Lunatic asylums in Bengal annual reports 1912-1924 - 1912-1924
Year: 1912
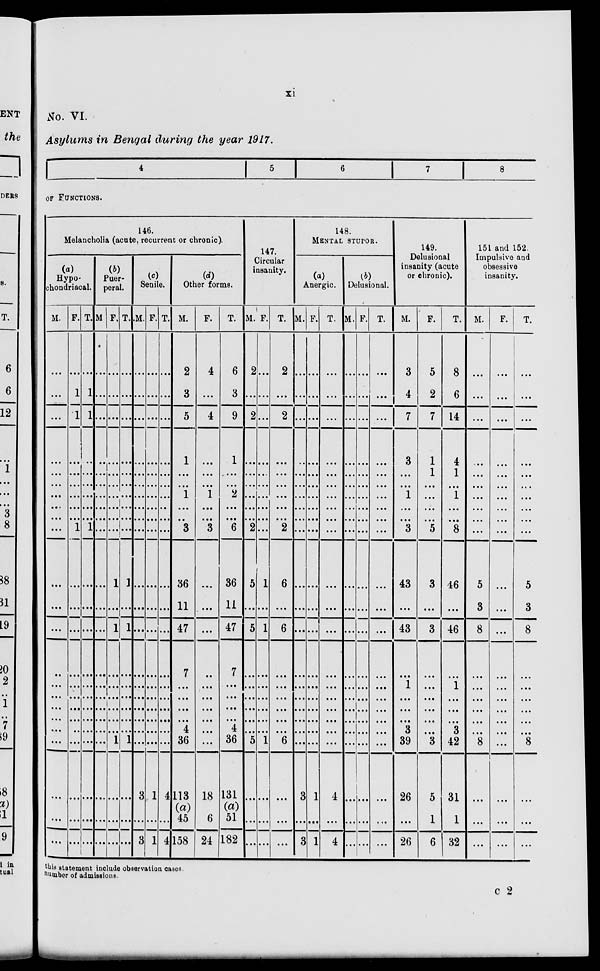
xi
No. VI.
Asylums in Bengal during the year 1917.
4
5
6
7
8
OF FUNCTIONS.
146.
Melancholia (acute, recurrent or chronic).
(a)
Hypo-
chondriacal.
M.
...
...
...
...
...
...
...
...
...
...
...
...
...
...
...
...
...
...
...
...
...
...
...
F.
...
1
1
...
...
...
...
...
...
1
...
...
...
...
...
...
...
...
...
...
...
...
...
T.
...
1
1
...
...
...
...
...
...
1
...
...
...
...
...
...
...
...
...
...
...
...
...
(b)
Puer-
peral.
M
...
...
...
...
...
...
...
...
...
...
...
...
...
...
...
...
...
...
...
...
...
...
...
F.
...
...
...
...
...
...
...
...
...
...
1
...
1
...
...
...
...
...
...
1
...
...
...
T.
...
...
...
...
...
...
...
...
...
...
1
...
1
...
...
...
...
...
...
1
...
...
...
(c)
Senile.
M.
...
...
...
...
...
...
...
...
...
...
...
...
...
...
...
...
...
...
...
...
3
...
3
F.
...
...
...
...
...
...
...
...
...
...
...
...
...
...
...
...
...
...
...
...
1
...
1
T.
...
...
...
...
...
...
...
...
...
...
...
...
...
...
...
...
...
...
...
...
4
...
4
(d)
Other forms.
M.
2
3
5
1
...
...
1
...
...
3
36
11
47
7
...
...
...
...
4
36
113
(a)
45
158
F.
4
...
4
...
...
...
1
...
...
3
...
...
...
...
...
...
...
...
...
...
18
6
24
T.
6
3
9
1
...
...
2
...
...
6
36
11
47
7
...
...
...
...
4
36
131
(a)
51
182
147.
Circular
insanity.
M.
2
...
2
...
...
...
...
...
...
2
5
...
5
...
...
...
...
...
...
5
...
...
...
F.
...
...
...
...
...
...
...
...
...
...
1
...
1
...
...
...
...
...
...
1
...
...
...
T.
2
...
2
...
...
...
...
...
...
2
6
...
6
...
...
...
...
...
...
6
...
...
...
148.
MENTAL STUPOR.
(a)
Anergic.
M.
...
...
...
...
...
...
...
...
...
...
...
...
...
...
...
...
...
...
...
...
3
...
3
F.
...
...
...
...
...
...
...
...
...
...
...
...
...
...
...
...
...
...
...
...
1
...
1
T.
...
...
...
...
...
...
...
...
...
...
...
...
...
...
...
...
...
...
...
...
4
...
4
Delusional.
M.
...
...
...
...
...
...
...
...
...
...
...
...
...
...
...
...
...
...
...
...
...
...
...
F.
...
...
...
...
...
...
...
...
...
...
...
...
...
...
...
...
...
...
...
...
...
...
...
T.
...
...
...
...
...
...
...
...
...
...
...
...
...
...
...
...
...
...
...
...
...
...
...
149.
Delusional
insanity (acute
or chronic).
M.
3
4
7
3
...
...
1
...
...
3
43
...
43
...
1
...
...
...
3
39
26
...
26
F.
5
2
7
1
1
...
...
...
...
5
3
...
3
...
...
...
...
...
...
3
5
1
6
T.
8
6
14
4
1
...
1
...
...
8
16
...
46
...
1
...
...
...
3
42
31
1
32
151 and 152.
Impulsive and
obsessive
insanity.
M.
...
...
...
...
...
...
...
...
...
...
5
3
8
...
...
...
...
...
...
8
...
...
...
F.
...
...
...
...
...
...
...
...
...
...
...
...
...
...
...
...
...
...
...
...
...
...
...
T.
...
...
...
...
...
...
...
...
...
...
5
3
8
...
...
...
...
...
...
8
...
...
...
this statement include observation cases
number of admissions.
C 2